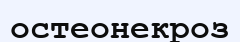
остеонекроз